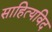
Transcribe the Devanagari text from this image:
साहित्यविद